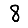
Digit: 8